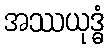
အဿယုဒ္ဓံ